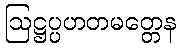
ဩဋ္ဌပ္ပဟတမတ္တေန